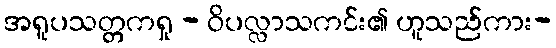
အရူပသတ္တကရှု - ဝိပလ္လာသကင်း၏ ဟူသည်ကား-